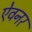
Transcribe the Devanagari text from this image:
ऐवनर